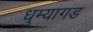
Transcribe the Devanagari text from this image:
धुम्यागड